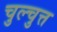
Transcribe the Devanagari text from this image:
चुल्चुत्त